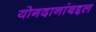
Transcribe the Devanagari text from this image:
योगदानांबद्दल